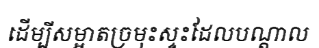
ដើម្បីសម្អាតច្រមុះស្ទះដែលបណ្តាល